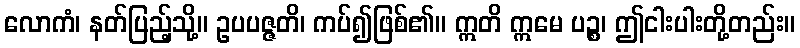
လောကံ၊ နတ်ပြည့်သို့။ ဥပပဇ္ဇတိ၊ ကပ်၍ဖြစ်၏။ ဣတိ ဣမေ ပဉ္စ၊ ဤငါးပါးတို့တည်း။